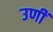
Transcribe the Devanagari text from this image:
उणीं